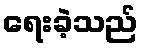
ရေးခဲ့သည်